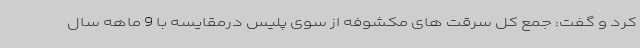
کرد و گفت: جمع کل سرقت های مکشوفه از سوی پلیس درمقایسه با 9 ماهه سال